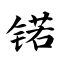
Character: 锘